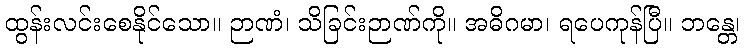
ထွန်းလင်းစေနိုင်သော။ ဉာဏံ၊ သိခြင်းဉာဏ်ကို။ အဓိဂမာ၊ ရပေကုန်ပြီ။ ဘန္တေ၊